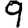
Digit: 9